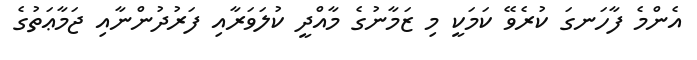
އެންމެ ފާހަނގަ ކުރެވޭ ކަމަކީ މި ޒަމާނުގެ މާއްދީ ކުލަވަރާއި ފަރުދުންނާއި ޖަމާޢަތުގެ